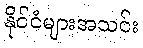
နိုင်ငံများအသင်း